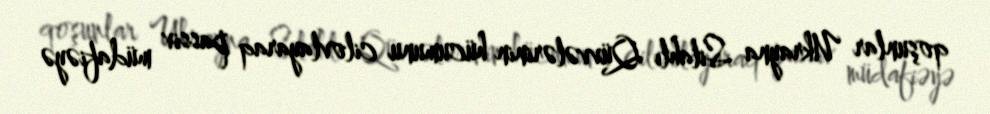
qoşunlar Ukrayna Silahlı Qüvvələrinin hücumunu cilovlayaraq passiv müdafiəyə